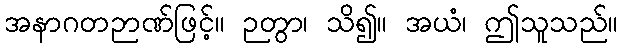
အနာဂတဉာဏ်ဖြင့်။ ဉတွာ၊ သိ၍။ အယံ၊ ဤသူသည်။